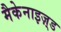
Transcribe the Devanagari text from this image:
मैकेनाइज़्ड